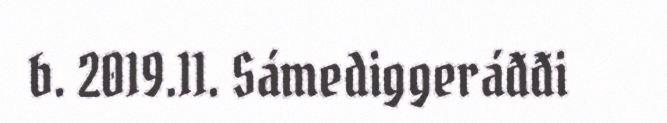
b. 2019.11. Sámediggeráđđi